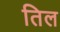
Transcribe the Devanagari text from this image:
तिल